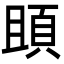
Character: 䪶